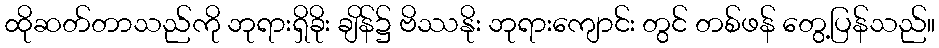
ထိုဆတ်တာသည်ကို ဘုရားရှိခိုး ချိန်၌ ဗိဿနိုး ဘုရားကျောင်း တွင် တစ်ဖန် တွေ့ပြန်သည်။